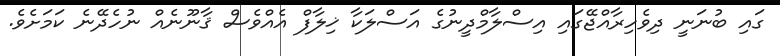
ގައި ބުނަނީ ދިވެހިރާއްޖޭގައި އިސްލާމްދީނުގެ އަސްލަކާ ޚިލާފް އެއްވެސް ޤާނޫނެއް ނުހެދޭނެ ކަމަށެވެ.